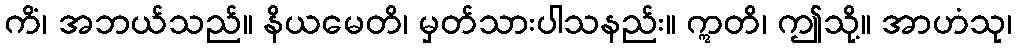
ကိံ၊ အဘယ်သည်။ နိယမေတိ၊ မှတ်သားပါသနည်း။ ဣတိ၊ ဤသို့။ အာဟံသု၊